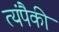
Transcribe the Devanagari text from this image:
त्यंपैकी